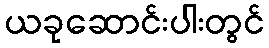
ယခုဆောင်းပါးတွင်